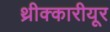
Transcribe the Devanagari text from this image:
थ्रीक्कारीयूर